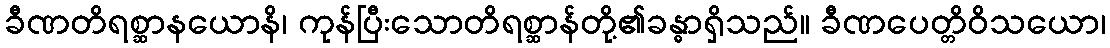
ခီဏတိရစ္ဆာနယောနိ၊ ကုန်ပြီးသောတိရစ္ဆာန်တို့၏ခန္ဓာရှိသည်။ ခီဏပေတ္တိဝိသယော၊